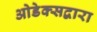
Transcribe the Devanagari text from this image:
ओडेक्सद्वारा